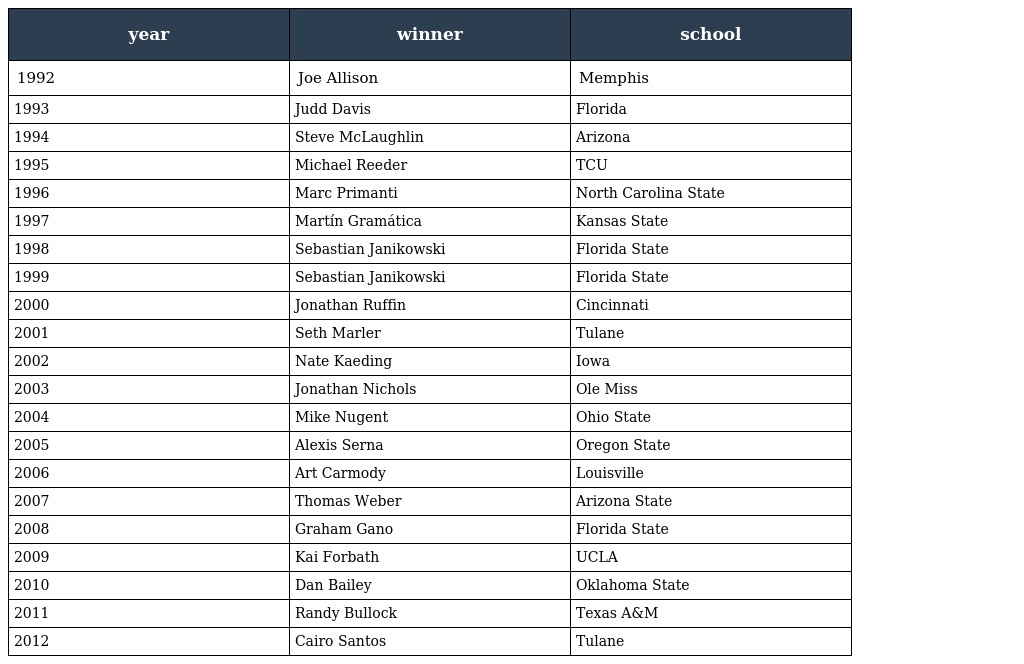
| year | winner | school |
 | --- | --- | --- |
 | 1992 | Joe Allison | Memphis |
 | 1993 | Judd Davis | Florida |
 | 1994 | Steve McLaughlin | Arizona |
 | 1995 | Michael Reeder | TCU |
 | 1996 | Marc Primanti | North Carolina State |
 | 1997 | Martín Gramática | Kansas State |
 | 1998 | Sebastian Janikowski | Florida State |
 | 1999 | Sebastian Janikowski | Florida State |
 | 2000 | Jonathan Ruffin | Cincinnati |
 | 2001 | Seth Marler | Tulane |
 | 2002 | Nate Kaeding | Iowa |
 | 2003 | Jonathan Nichols | Ole Miss |
 | 2004 | Mike Nugent | Ohio State |
 | 2005 | Alexis Serna | Oregon State |
 | 2006 | Art Carmody | Louisville |
 | 2007 | Thomas Weber | Arizona State |
 | 2008 | Graham Gano | Florida State |
 | 2009 | Kai Forbath | UCLA |
 | 2010 | Dan Bailey | Oklahoma State |
 | 2011 | Randy Bullock | Texas A&M |
 | 2012 | Cairo Santos | Tulane |